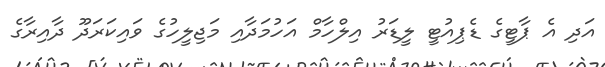
އަދި އެ ޕާޓީގެ ޑެޕިއުޓީ ލީޑަރު އިލްހާމް އަހުމަދާއި މަޖިލީހުގެ ވައިކަރަދޫ ދާއިރާގެ